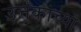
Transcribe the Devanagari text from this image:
उत्तंकाच्या